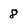
Character: 8